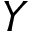
Y